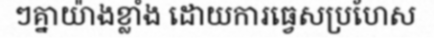
ៗគ្នាយ៉ាងខ្លាំង ដោយការធ្វេសប្រហែស